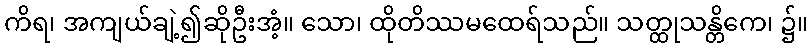
ကိရ၊ အကျယ်ချဲ့၍ဆိုဦးအံ့။ သော၊ ထိုတိဿမထေရ်သည်။ သတ္ထုသန္တိကေ၊ ၌။